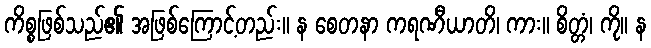
ကိစ္စဖြစ်သည်၏ အဖြစ်ကြောင့်တည်း။ န စေတနာ ကရဏီယာတိ၊ ကား။ စိတ္တံ၊ ကို။ န